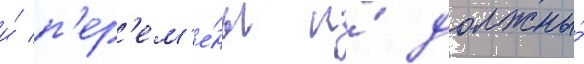
и́ п'ер'ем'е́ны и́ должны́